Report on horse surra - Volume I
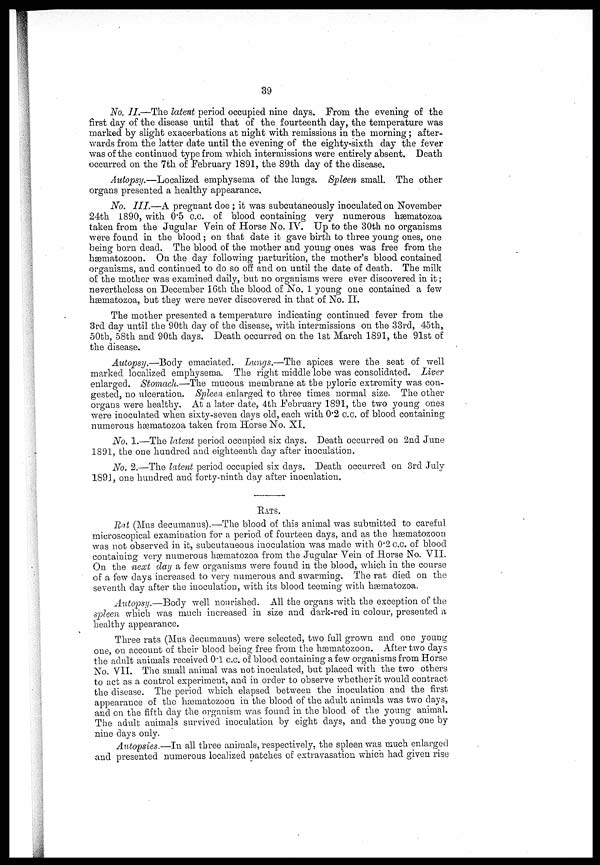
39
No. II.—The latent period occupied nine days. From the evening of the
first day of the disease until that of the fourteenth day, the temperature was
marked by slight exacerbations at night with remissions in the morning ; after-
wards from the latter date until the evening of the eighty-sixth day the fever
was of the continued type from which intermissions were entirely absent. Death
occurred on the 7th of February 1891, the 89th day of the disease.
Autopsy.—Localized emphysema of the lungs. Spleen small. The other
organs presented a healthy appearance.
No. III.—A pregnant doe ; it was subcutaneously inoculated on November
24th 1890, with 0.5 c.c. of blood containing very numerous hæmatozoa
taken from the Jugular Vein of Horse No. IV. Up to the 30th no organisms
were found in the blood ; on that date it gave birth to three young ones, one
being born dead. The blood of the mother and young ones was free from the
hæmatozoon. On the day following parturition, the mother's blood contained
organisms, and continued to do so off and on until the date of death. The milk
of the mother was examined daily, but no organisms were ever discovered in it ;
nevertheless on December 16th the blood of No. 1 young one contained a few
hæmatozoa, but they were never discovered in that of No. II.
The mother presented a temperature indicating continued fever from the
3rd day until the 90th clay of the disease, with intermissions on the 33rd, .45th,
50th, 58th and 90th days. Death occurred on the 1st March 1891, the 91st of
the disease.
Autopsy.—Body emaciated. Lungs.—The apices were the seat of well
marked localized emphysema. The right middle lobe was consolidated. Liver
enlarged. Stomach.—The mucous membrane at the pyloric extremity was con-
gested, no ulceration. Spleen enlarged to three times normal size. The other
organs were healthy. At a later date, 4th February 1891, the two young ones
were inoculated when sixty-seven days old, each with 0.2 c.c. of blood containing
numerous hæmatozoa taken from Horse No. XI.
No. 1.—The latent period occupied six days. Death occurred on 2nd June
1891, the one hundred and eighteenth clay after inoculation.
No. 2.—The latent period occupied six days. Death occurred on 3rd July
189J, one hundred and forty-ninth day after inoculation.
RATS.
Rat (Mus decumanus).—The blood of this animal was submitted to careful
microscopical examination for a period of fourteen days, and as the hæmatozoon
was not observed in it, subcutaneous inoculation was made with 0.2 c.c. of blood
containing very numerous hæmatozoa from the Jugular Vein of Horse No. VII.
On the next day a few organisms were found in the blood, which in the course
of a few days increased to very numerous and swarming. The rat died on the
seventh day after the inoculation, with its blood teeming with hæmatozoa.
Autopsy.—Body well nourished. All the organs with the exception of the
spleen which was much increased in size and dark-red in colour, presented a
healthy appearance.
Three rats (Mus decumanus) were selected, two full grown and one young
one, on account of their blood being free from the hæmatozoon. After two days
the adult animals received 0.1 c.c. of blood containing a few organisms from Horse
No. VII. The small animal was not inoculated, but placed with the two others
to act as a control experiment, and in order to observe whether it would contract
the disease. The period which elapsed between the inoculation and the first
appearance of the hæmatozoon in the blood of the adult animals was two days,
and on the fifth day the organism was found in the blood of the young animal.
The adult animals survived inoculation by eight days, and the young one by
nine days only.
Autopsies.—In all three animals, respectively, the spleen was much enlarged
and presented numerous localized patches of extravasation which had given rise